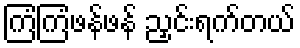
ကြံကြံဖန်ဖန် ညှင်းရက်တယ်